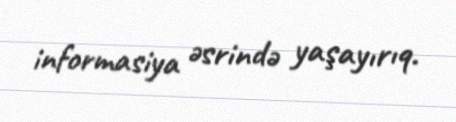
informasiya əsrində yaşayırıq.